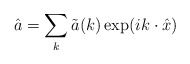
\begin{align*}\hat{a} = \sum_k \tilde{a}(k) \exp( i k \cdot \hat{x})\end{align*}